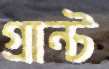
গ্রান্ট